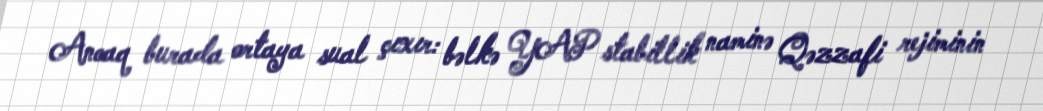
Ancaq burada ortaya sual çıxır: bəlkə YAP stabillik naminə Qəzzafi rejiminin